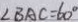
\angle B A C = 6 0 ^ { \circ }